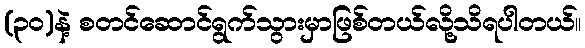
(၃၀)နဲ့ စတင်ဆောင်ရွက်သွားမှာဖြစ်တယ်လို့သိရပါတယ်။